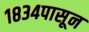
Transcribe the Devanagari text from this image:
१८३४पासून